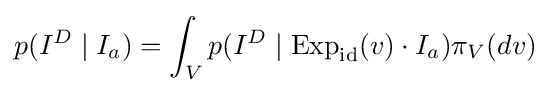
p(I^{D}\mid I_{a})=\int _{V}p(I^{D}\mid \operatorname {Exp} _{\mathrm {id} }(v)\cdot I_{a})\pi _{V}(dv)\